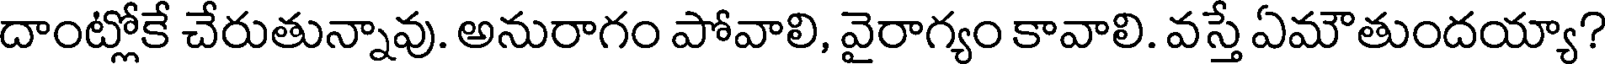
దాంట్లోకే చేరుతున్నావు. అనురాగం పోవాలి, వైరాగ్యం కావాలి. వస్తే ఏమౌతుందయ్యా?